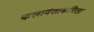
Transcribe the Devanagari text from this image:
कलावंताकरिता